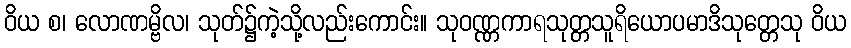
ဝိယ စ၊ လောဏမ္ဗိလ၊ သုတ်၌ကဲ့သို့လည်းကောင်း။ သုဝဏ္ဏကာရသုတ္တသူရိယောပမာဒိသုတ္တေသု ဝိယ